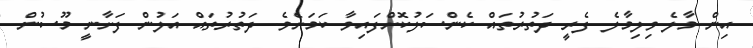
އިން މާލެ-ވިލިމާލެ ފެރީ ދަތުރުތައް ކެންސަލުކޮށްފައިވާ ކަމަށެވެ. ދަތުރުތައް އަލުން ފަށާނީ މޫސުން